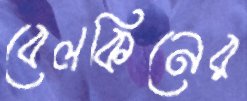
বেলকিনের